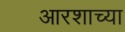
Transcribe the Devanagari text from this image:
आरशाच्या